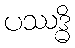
ပဿဒ္ဓိ